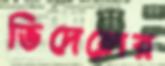
ভিদেলের